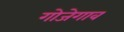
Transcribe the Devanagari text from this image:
गोजेगाव